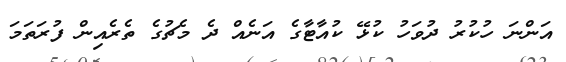
އަންނަ ހުކުރު ދުވަހު ކުޅޭ ކުއާޓާގެ އަނެއް ދެ މެޗުގެ ތެރެއިން ފުރަތަމަ